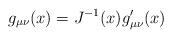
LaTeX: \begin{align*}g_{\mu\nu}(x)=J^{-1}(x)g^{\prime}_{\mu\nu}(x)\end{align*}